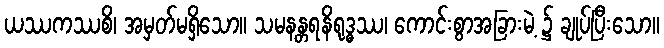
ယဿကဿစိ၊ အမှတ်မရှိသော။ သမနန္တရနိရုဒ္ဓဿ၊ ကောင်းစွာအခြားမဲ့ ၌ ချုပ်ပြီးသော။